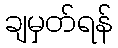
ချမှတ်ရန်